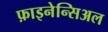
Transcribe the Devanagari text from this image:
फ़ाइनेन्सिअल